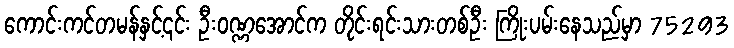
ကောင်းကင်တမန်နှင့်၎င်း ဦးဝဏ္ဏအောင်က တိုင်းရင်းသားတစ်ဦး ကြိုးပမ်းနေသည်မှာ 75293